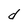
Character: d